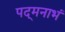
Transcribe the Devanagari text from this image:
पद्‌मनाभं